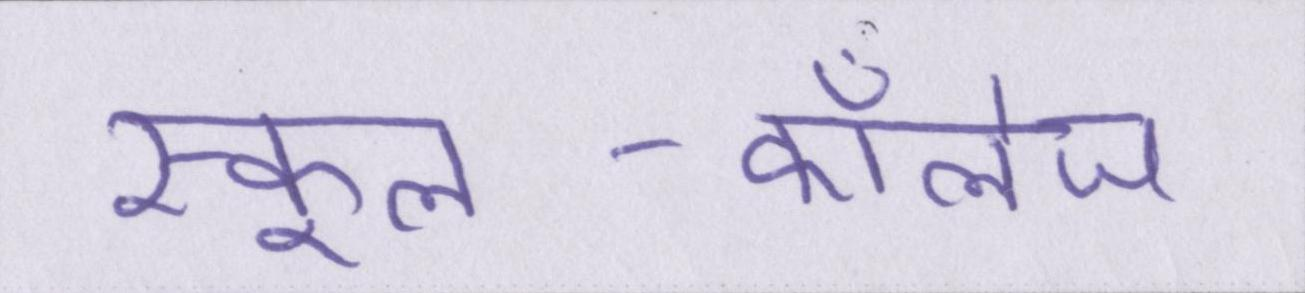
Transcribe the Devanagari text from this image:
स्कूल-कॉलेज